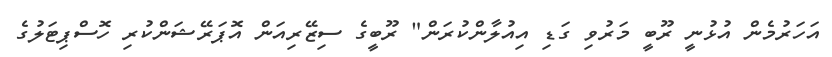
އަހަރުމެން އުޅުނީ ރޫބީ މަރުވި ގަޑި އިއުލާންކުރަން" ރޫބީގެ ސިޒޭރިއަން އޮޕަރޭޝަންކުރި ހޮސްޕިޓަލުގެ